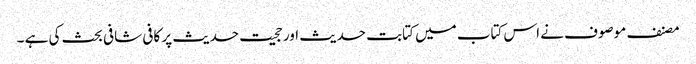
مصنف موصوف نے اس کتاب میں کتابت حدیث اور حجیت حدیث پر کافی شافی بحث کی ہے ۔